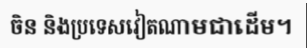
ចិន និងប្រទេសវៀតណាមជាដើម។